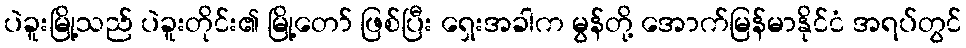
ပဲခူးမြို့သည် ပဲခူးတိုင်း၏ မြို့တော် ဖြစ်ပြီး ရှေးအခါက မွန်တို့ အောက်မြန်မာနိုင်ငံ အရပ်တွင်